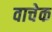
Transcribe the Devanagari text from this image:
वाचेक